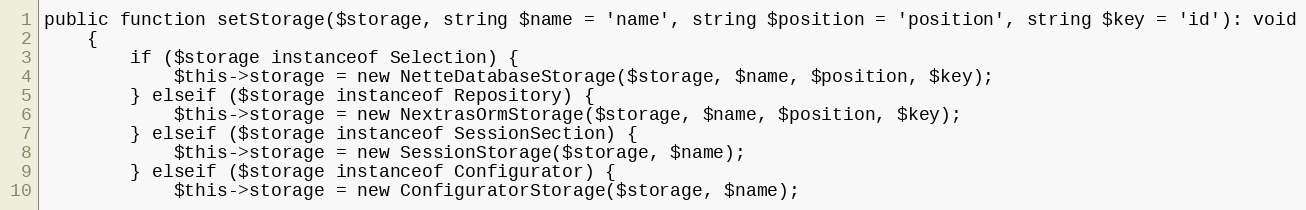
Language: PHP
public function setStorage($storage, string $name = 'name', string $position = 'position', string $key = 'id'): void
	{
		if ($storage instanceof Selection) {
			$this->storage = new NetteDatabaseStorage($storage, $name, $position, $key);
		} elseif ($storage instanceof Repository) {
			$this->storage = new NextrasOrmStorage($storage, $name, $position, $key);
		} elseif ($storage instanceof SessionSection) {
			$this->storage = new SessionStorage($storage, $name);
		} elseif ($storage instanceof Configurator) {
			$this->storage = new ConfiguratorStorage($storage, $name);